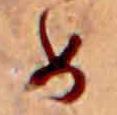
め